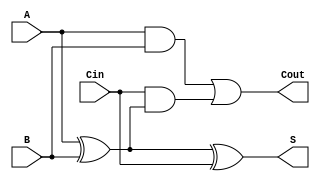
module TransmissionGateFullAdder (
    input wire A,      // First input bit
    input wire B,      // Second input bit
    input wire Cin,    // Carry-in bit
    output wire S,     // Sum output
    output wire Cout   // Carry-out output
);

// Internal wires for intermediate signals
wire AB_xor;         // Intermediate signal for A XOR B
wire AB_and;         // Intermediate signal for A AND B
wire Cin_AB_xor_and; // Intermediate signal for Cin AND (A XOR B)

// Transmission Gate for A XOR B
assign AB_xor = (A ^ B);

// Transmission Gate for A AND B
assign AB_and = A & B;

// Transmission Gate for Cin AND (A XOR B)
assign Cin_AB_xor_and = Cin & AB_xor;

// Sum output S = A XOR B XOR Cin
assign S = AB_xor ^ Cin;

// Carry-out output Cout = (A AND B) OR (Cin AND (A XOR B))
assign Cout = AB_and | Cin_AB_xor_and;

endmodule